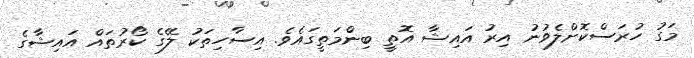
މަގު ހުރަސްކޮށްލެވުނު އިރު އައިޝާ އޮތީ ބިންމަތީގައެވެ. އިސާހިތަކު ލޭގެ ކޯރުތައް އައިޝާގެ